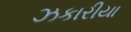
ઝકારીયા